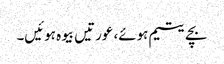
بچے یتیم ہوئے، عورتیں بیوہ ہوئیں۔